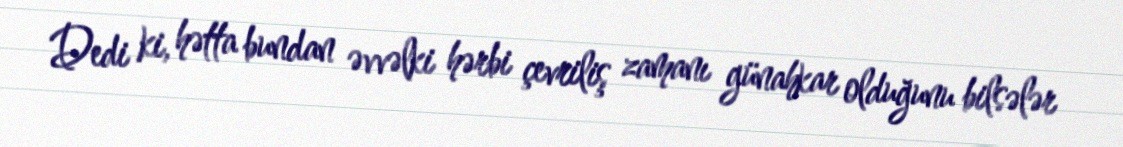
Dedi ki, hətta bundan əvvəlki hərbi çevriliş zamanı günahkar olduğunu bilsələr